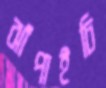
ঝাঁপাইচি